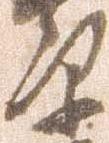
原